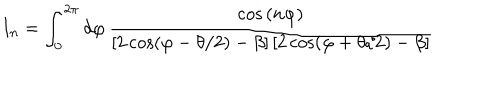
\mathrm { I } _ { n } = \int _ { 0 } ^ { 2 \pi } d \varphi \, \frac { \cos \, ( n \varphi ) } { \left[ 2 \cos ( \varphi - \theta / 2 ) - \beta \right] \left[ 2 \cos ( \varphi + \theta / 2 ) - \beta \right] }